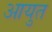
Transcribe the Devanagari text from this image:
आयुत